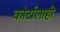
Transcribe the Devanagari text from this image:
कोर्टालाही